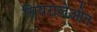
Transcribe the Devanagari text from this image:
सियरालेओन